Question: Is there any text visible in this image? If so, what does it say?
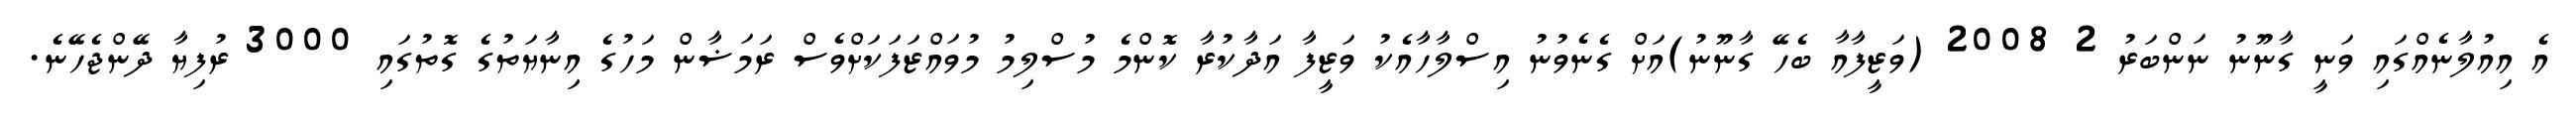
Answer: އެ އިއުލާނެއްގައި ވަނީ ގާނޫނު ނަންބަރު 2 2008 (ވަޒީފާއާ ބެހޭ ގާނޫނު)އަށް ގެނެވުނު އިސްލާހާއެކު ވަޒީފާ އަދާކުރާ ކޮންމެ މުސްލިމު މުވައްޒަފަކަށްވެސް ރަމަޟާން މަހުގެ އިނާޔަތުގެ ގޮތުގައި 3000 ރުފިޔާ ދޭންޖެހޭނެ.